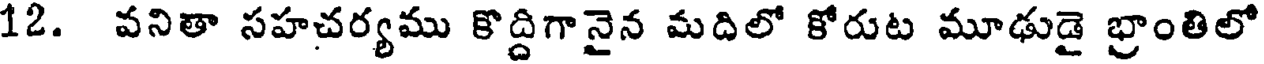
12. వనితా సహచర్యము కొద్దిగానైన మదిలో కోరుట మూఢుడై భ్రాంతిలో